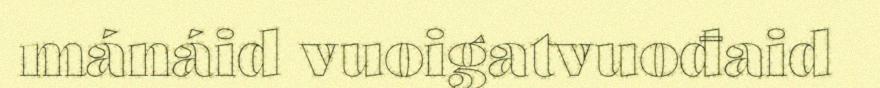
mánáid vuoigatvuođaid